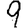
Digit: 9